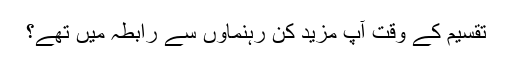
تقسیم کے وقت آپ مزید کن رہنماوں سے رابطہ میں تھے؟